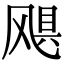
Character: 飓